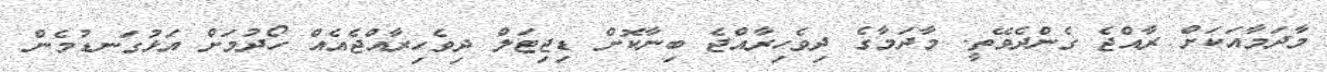
މާދަމާއަކަށް ރާއްޖެ ގެންދެވޭތީ. މާދަމާގެ ދިވެހިރާއްޖެ ބިނާކޮށް ޑިޖިޓަލް ދިވެހިރާއްޖެއެއް ހޯދުމަށް އަޅުގަނޑުމެން